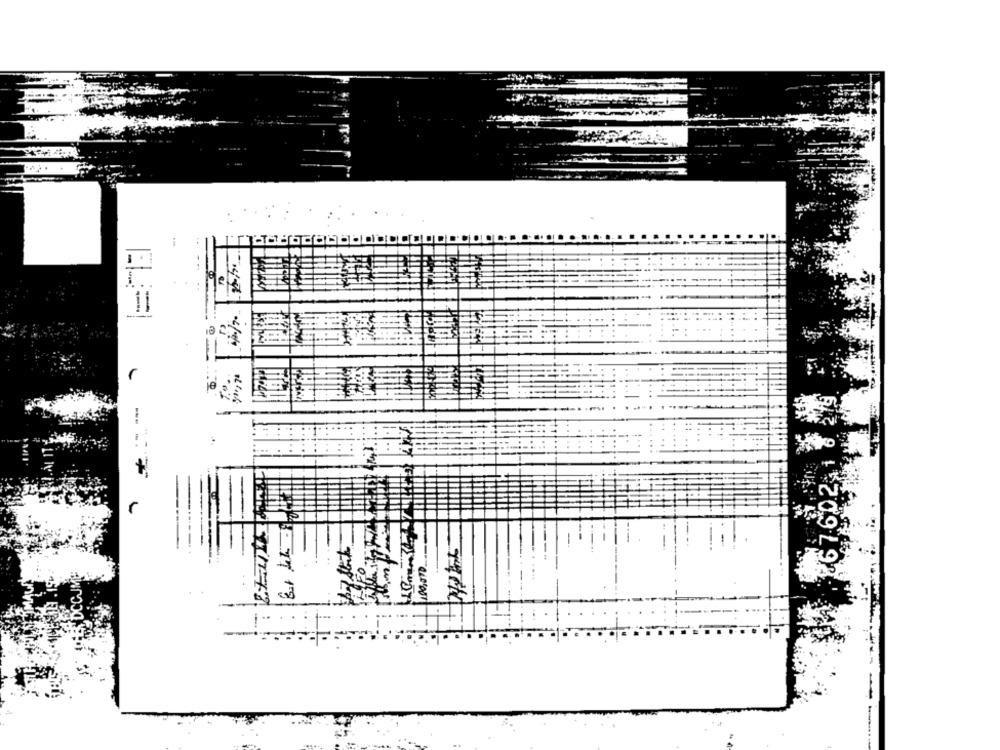
447
67.60.2 1
FO.